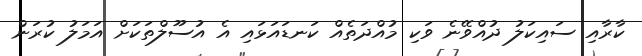
ކާރާއި ސައިކަލު ދުއްވޭނެ ވަކި މުއްދަތެއް ކަނޑައަޅައި އެ އުސޫލްތަކަށް އަމަލު ކުރަން